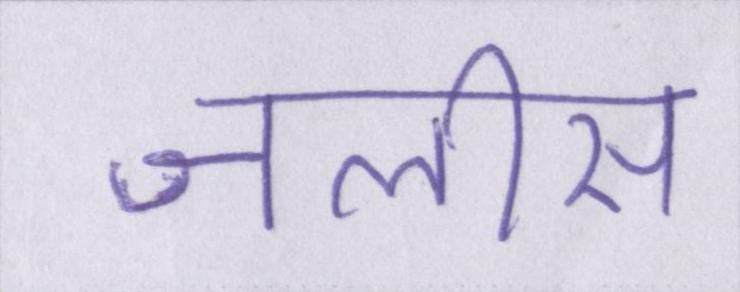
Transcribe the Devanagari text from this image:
जलीस